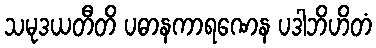
သမုဒယတီတိ ပဓာနကာရဏေန ပဒါဘိဟိတံ